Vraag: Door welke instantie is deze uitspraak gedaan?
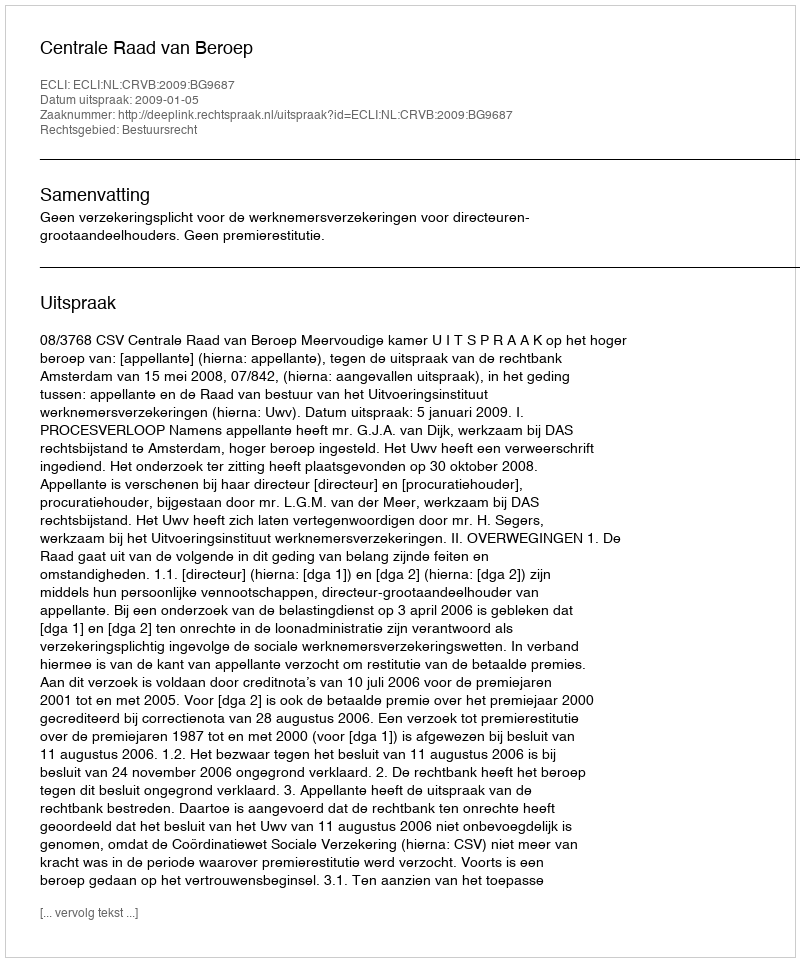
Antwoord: Centrale Raad van Beroep